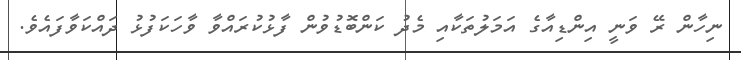
ނިހާން ރޭ ވަނީ އިންޑިއާގެ އަމަލުތަކާއި މެދު ކަންބޮޑުވުން ފާޅުކުރައްވާ ވާހަކަފުޅު ދައްކަވާފައެވެ.